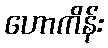
ဟောကိန်း